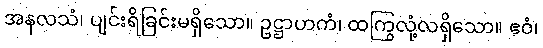
အနလသံ၊ ပျင်းရိခြင်းမရှိသော။ ဥဋ္ဌာဟကံ၊ ထကြွလုံ့လရှိသော။ ဧဝံ၊